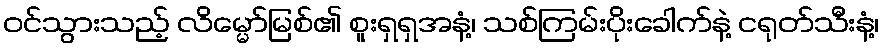
ဝင်သွားသည့် လိမ္မော်မြစ်၏ စူးရှရှအနံ့၊ သစ်ကြမ်းပိုးခေါက်နဲ့ ငရုတ်သီးနံ့၊